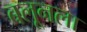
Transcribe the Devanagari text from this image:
बलूनला